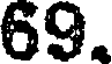
69.